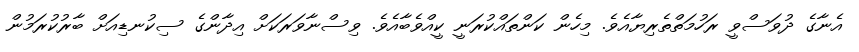
އެނާގެ ދުވަސްވީ ރަހުމަތްތެރިޔާއެވެ. މިހެން ކަންތައްކުރަނީ ކީއްވެބާއެވެ. ވިސްނާވަރަކަށް އިދާންގެ ސިކުނޑިއަށް ބާރުކުރަމުން